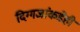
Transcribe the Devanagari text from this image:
दिग्गजांकडेही